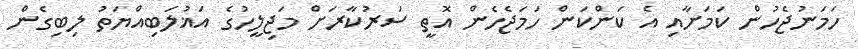
ހަމަނުޖެހުން ކަމަށާއި އެ ކަންކަން ހަމަޖެހެން އޮތީ ސަރުކާރަށް މަޖިލީހުގެ އަޣުލަބިއްޔަތު ލިބިގެން